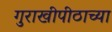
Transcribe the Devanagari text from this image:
गुराखीपीठाच्या